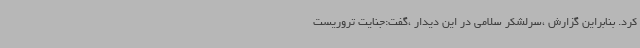
کرد. بنابراین گزارش ،سرلشکر سلامی در این دیدار ،گفت:جنایت تروریست